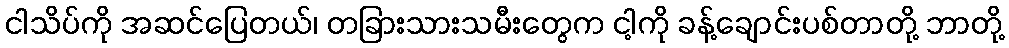
ငါသိပ်ကို အဆင်ပြေတယ်၊ တခြားသားသမီးတွေက ငါ့ကို ခန့်ချောင်းပစ်တာတို့ ဘာတို့